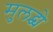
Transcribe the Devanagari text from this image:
मुलद्र्व्ये